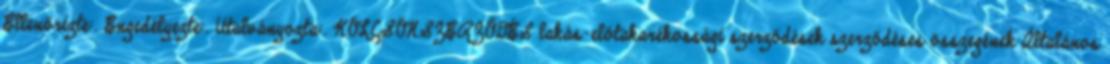
Ellenőrizte:. Engedélyezte:. Utalványozta:. KÖLCSÖNSZERZŐDÉS lakás-előtakarékossági szerződések szerződéses összegének Általános